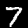
Digit: 7